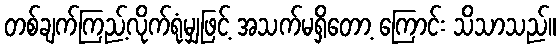
တစ်ချက်ကြည့်လိုက်ရုံမျှဖြင့် အသက်မရှိတော့ ကြောင်း သိသာသည်။